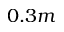
0 . 3 m